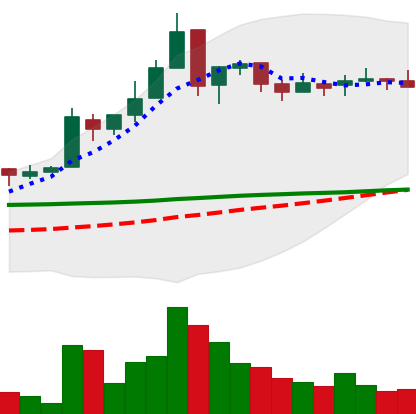
Ticker: EOS-USD
Chart end date: 2018-05-10
Forward return: -25.93%
Label: down_7plus